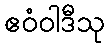
ဧဝံဝါဒီသု